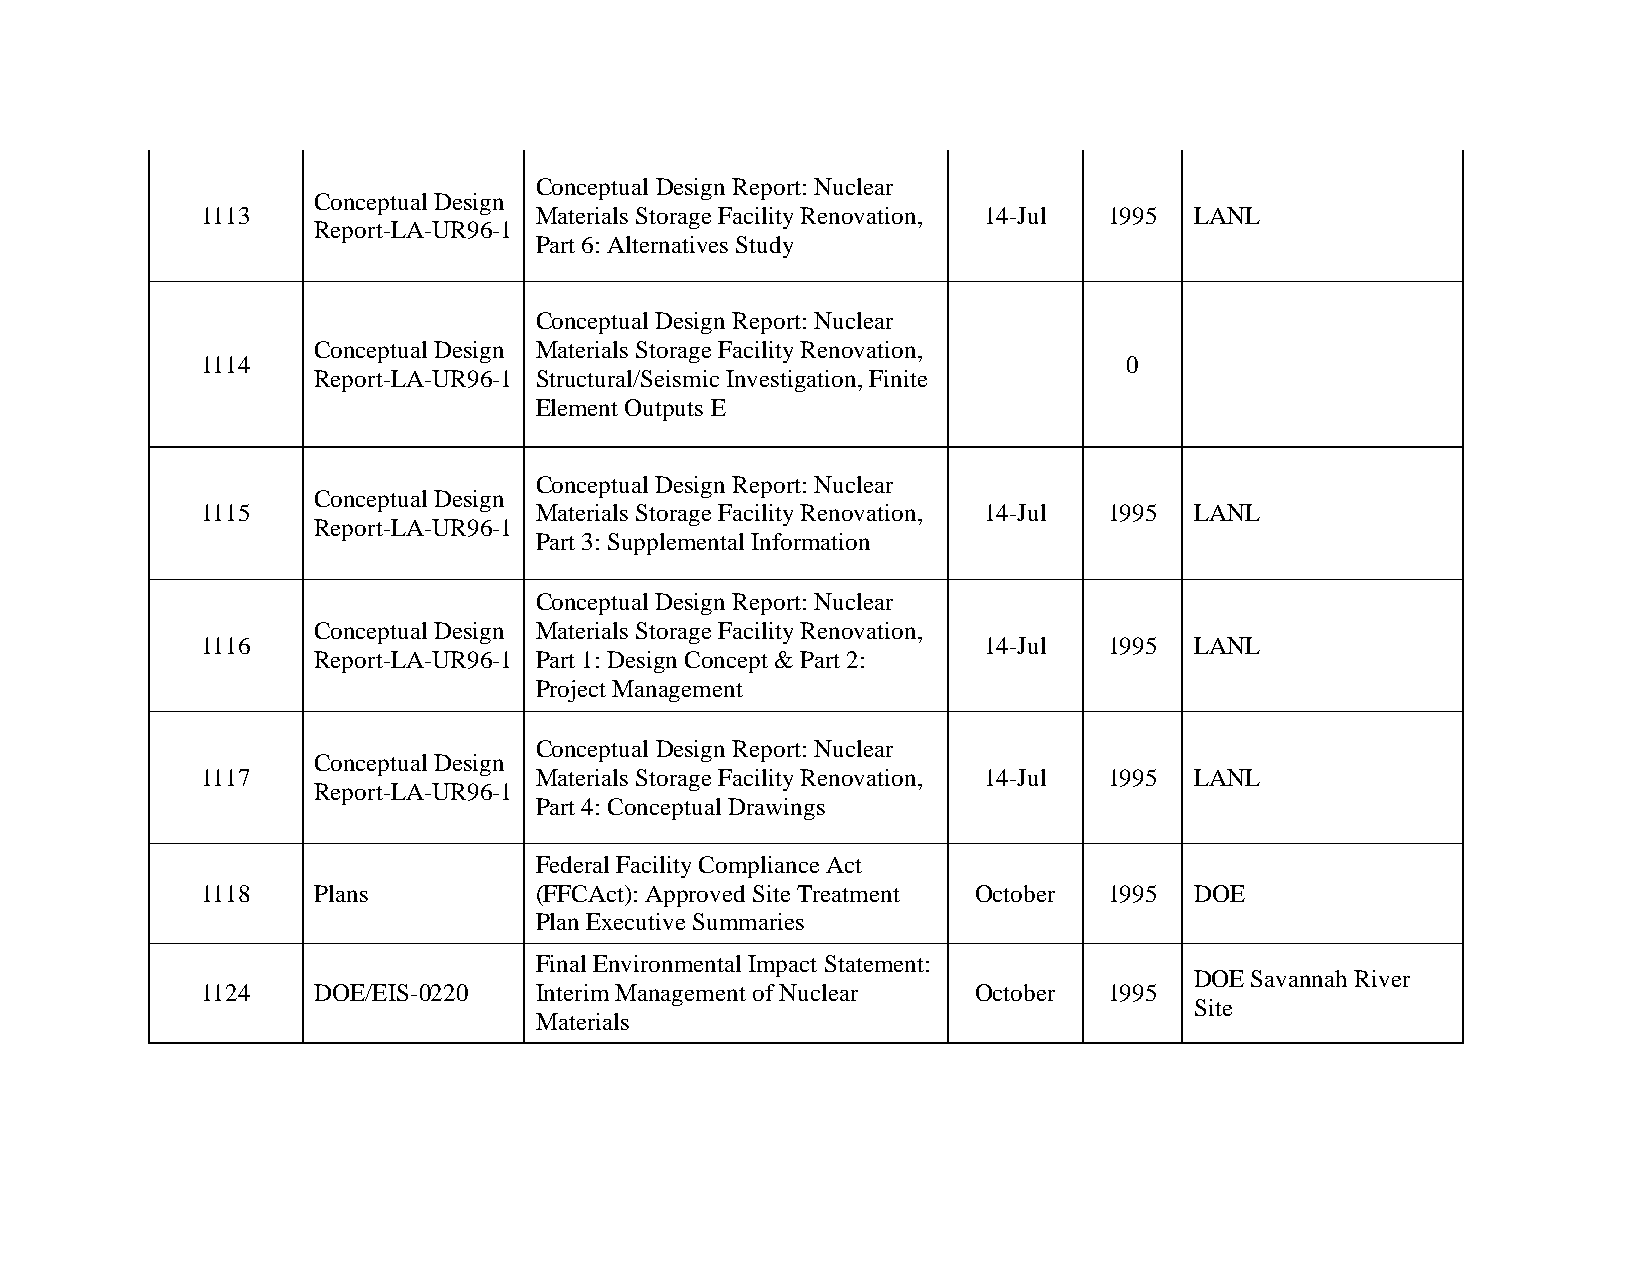
Conceptual Design Report: Nuclear
 Conceptual Design
 1113                  Materials Storage Facility Renovation, 14-Jul 1995 LANL
 Report-LA-UR96-1
 Part 6: Alternatives Study
 Conceptual Design Report: Nuclear
 Conceptual Design Materials Storage Facility Renovation,
 1114                                                          0
 Report-LA-UR96-1 Structural/Seismic Investigation, Finite
 Element Outputs E
 Conceptual Design Report: Nuclear
 Conceptual Design
 1115                  Materials Storage Facility Renovation, 14-Jul 1995 LANL
 Report-LA-UR96-1
 Part 3: Supplemental Information
 Conceptual Design Report: Nuclear
 Conceptual Design Materials Storage Facility Renovation,
 1116                                                14-Jul  1995  LANL
 Report-LA-UR96-1 Part 1: Design Concept & Part 2:
 Project Management
 Conceptual Design Report: Nuclear
 Conceptual Design
 1117                  Materials Storage Facility Renovation, 14-Jul 1995 LANL
 Report-LA-UR96-1
 Part 4: Conceptual Drawings
 Federal Facility Compliance Act
 1118    Plans         (FFCAct): Approved Site Treatment October 1995 DOE
 Plan Executive Summaries
 Final Environmental Impact Statement:
 DOE Savannah River
 1124    DOE/EIS-0220  Interim Management of Nuclear October 1995
 Site
 Materials